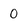
Character: 0